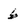
Character: 6